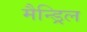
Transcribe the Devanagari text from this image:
मैन्ड्रिल